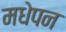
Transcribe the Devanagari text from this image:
मधेपन